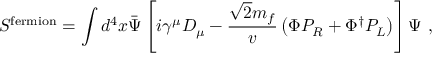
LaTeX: S ^ { \mathrm { f e r m i o n } } = \int d ^ { 4 } x \bar { \Psi } \left[ i \gamma ^ { \mu } D _ { \mu } - \frac { \sqrt { 2 } m _ { f } } { v } \left( \Phi P _ { R } + \Phi ^ { \dagger } P _ { L } \right) \right] \Psi \ ,